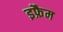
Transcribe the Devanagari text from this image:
इफ्रैम